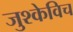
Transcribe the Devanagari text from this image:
जुश्केविच